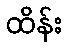
ထိန်း